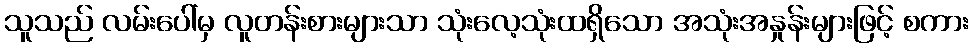
သူသည် လမ်းပေါ်မှ လူတန်းစားများသာ သုံးလေ့သုံးထရှိသော အသုံးအနှုန်းများဖြင့် စကား